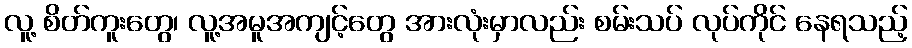
လူ့ စိတ်ကူးတွေ၊ လူ့အမူအကျင့်တွေ အားလုံးမှာလည်း စမ်းသပ် လုပ်ကိုင် နေရသည့်